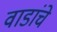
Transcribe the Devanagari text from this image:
वाडांचे